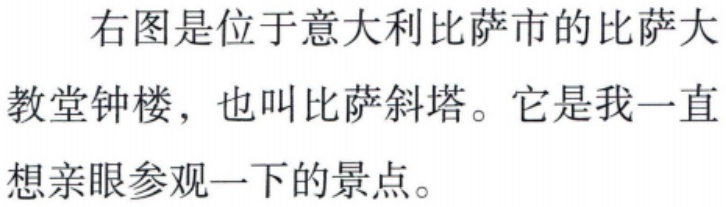
右图是位于意大利比萨市的比萨大
教堂钟楼，也叫比萨斜塔。它是我一直
想亲眼参观一下的景点。